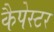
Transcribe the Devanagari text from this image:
कैपेस्टर